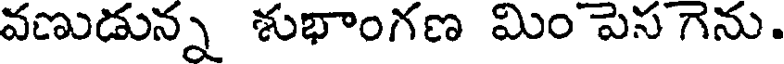
వణుడున్న శుభాంగణ మిం పెస గెను.